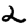
Digit: 2